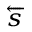
\scriptstyle { \overleftarrow { s } }